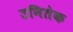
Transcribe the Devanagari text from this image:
उनितेक